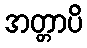
အတ္တာပိ